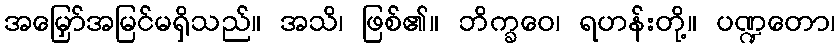
အမြှော်အမြင်မရှိသည်။ အသိ၊ ဖြစ်၏။ ဘိက္ခဝေ၊ ရဟန်းတို့။ ပဏ္ဍတော၊